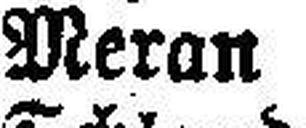
Meran